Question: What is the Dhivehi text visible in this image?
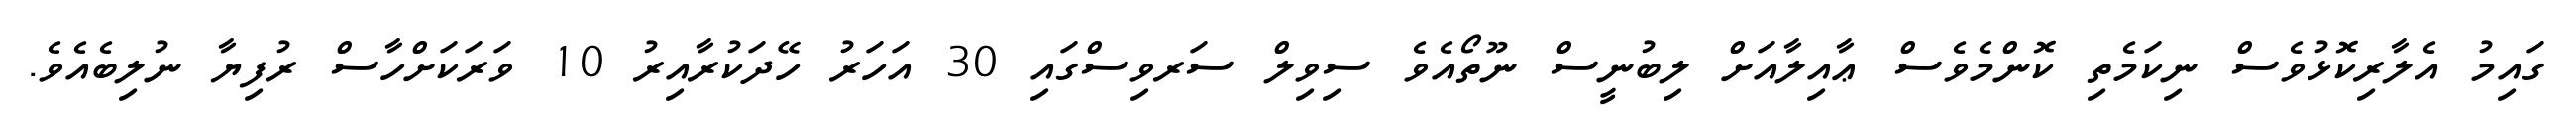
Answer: ގައިމު އެލާރިކޮޅުވެސް ނިކަމެތި ކޮންމެވެސް ޢާއިލާއަށް ލިބުނީސް ނޫތޯއެވެ ސިވިލް ސަރވިސްގައި 30 އަހަރު ހޭދަކުރާއިރު 10 ވަރަކަށްހާސް ރުފިޔާ ނުލިބެއެވެ.